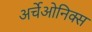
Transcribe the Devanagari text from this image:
अर्चेओनिक्स